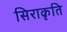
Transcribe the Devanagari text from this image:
सिराकृति